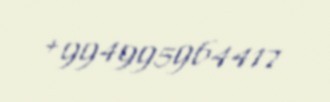
+994995964417